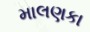
માલણકા